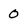
Character: 0